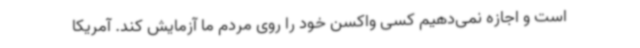
است و اجازه نمی‌دهیم کسی واکسن خود را روی مردم ما آزمایش کند. آمریکا